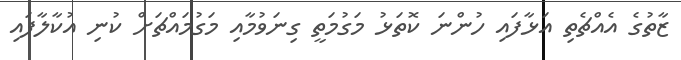
ޒާތުގެ އެއްޗެތި އަޅާފައި ހުންނަ ކޮތަޅު މަގުމަތީ ގިނަވުމާއި މަގުމައްޗަށް ކުނި އުކާލާފައި